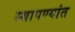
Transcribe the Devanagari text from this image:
स्थापण्यांत